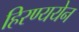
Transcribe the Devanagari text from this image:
हिरण्ययेन